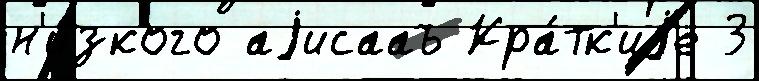
н'и́зкого аjисааъ Кра́тк'иjе 3